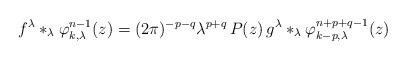
LaTeX: \begin{align*} f^\lambda \ast_\lambda \varphi_{k,\lambda}^{n-1}(z) = (2\pi)^{-p-q} \lambda^{p+q}\, P(z) \, g^\lambda \ast_\lambda \varphi_{k-p,\lambda}^{n+p+q-1}(z) \end{align*}